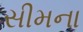
સીમના